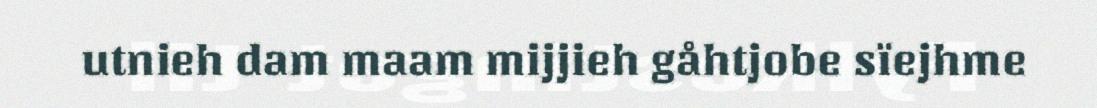
utnieh dam maam mijjieh gåhtjobe sïejhme